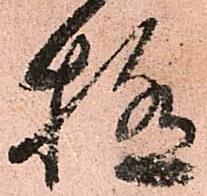
極